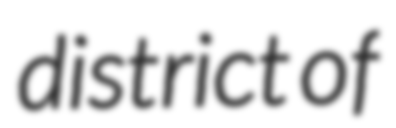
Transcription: district of